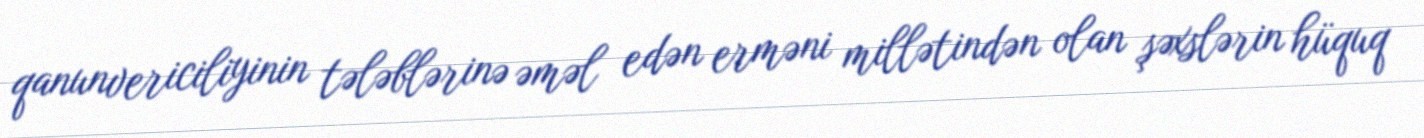
qanunvericiliyinin tələblərinə əməl edən erməni millətindən olan şəxslərin hüquq